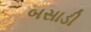
બસાડી